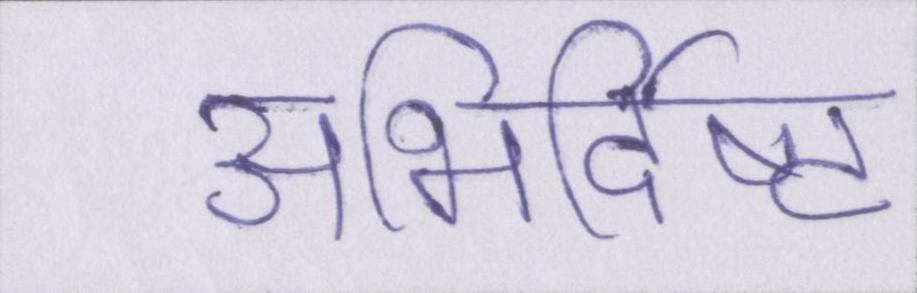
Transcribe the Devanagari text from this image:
अभिर्दिष्ट